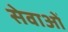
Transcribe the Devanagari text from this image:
सेवाओंं